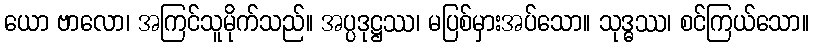
ယော ဗာလော၊ အကြင်သူမိုက်သည်။ အပ္ပဒုဋ္ဌဿ၊ မပြစ်မှားအပ်သော။ သုဒ္ဓဿ၊ စင်ကြယ်သော။